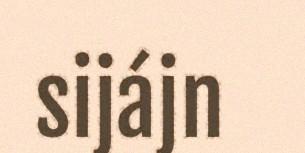
sijájn